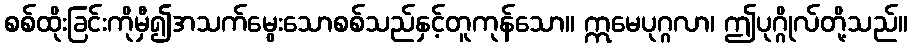
စစ်ထိုးခြင်းကိုမှီ၍အသက်မွေးသောစစ်သည်နှင့်တူကုန်သော။ ဣမေပုဂ္ဂလာ၊ ဤပုဂ္ဂိုလ်တို့သည်။